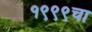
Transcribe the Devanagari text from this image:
१९९९चा